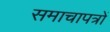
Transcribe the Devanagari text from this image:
समाचापत्रों